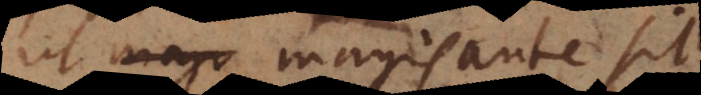
ut magis ante sit.